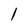
Character: 1